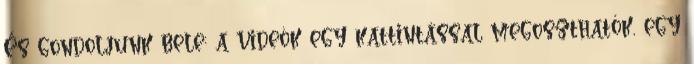
És gondoljunk bele: a videók egy kattintással megoszthatók, egy